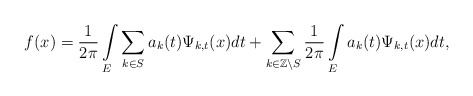
\begin{align*}f(x)=\frac{1}{2\pi}\int\limits_{E}\sum_{k\in S}a_{k}(t)\Psi_{k,t}(x)dt+\sum_{k\in\mathbb{Z}\backslash S}\frac{1}{2\pi}\int\limits_{E}a_{k}(t)\Psi_{k,t}(x)dt,\end{align*}